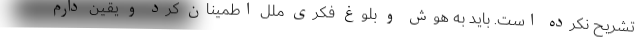
تشریح نکرده است. باید به هوش و بلوغ فکری ملل اطمینان کرد و یقین دارم